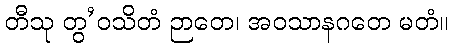
တီသု တွ’ဝသိတံ ဉာတေ၊ အဝသာနဂတေ မတံ။